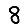
Digit: 8